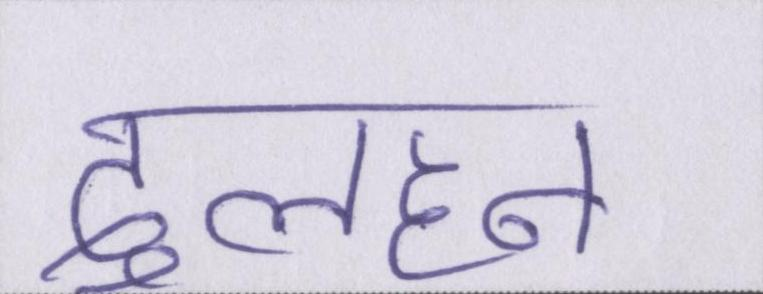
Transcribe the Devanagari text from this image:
दुलहन